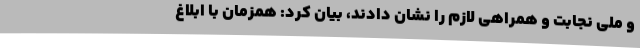
و ملی نجابت و همراهی لازم را نشان دادند، بیان کرد: همزمان با ابلاغ